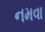
નમવા